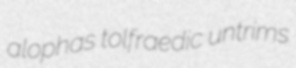
alophas tolfraedic untrims